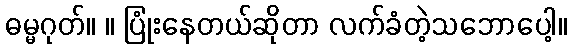
ဓမ္မဂုတ်။ ။ ပြုံးနေတယ်ဆိုတာ လက်ခံတဲ့သဘောပေါ့။